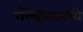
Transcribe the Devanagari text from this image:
गॅल्व्हेस्टनध्ये